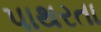
પાથરતા